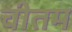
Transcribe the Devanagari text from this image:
चीतम